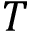
T